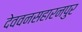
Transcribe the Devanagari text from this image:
देववनसहारनपुर